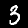
Label: 3